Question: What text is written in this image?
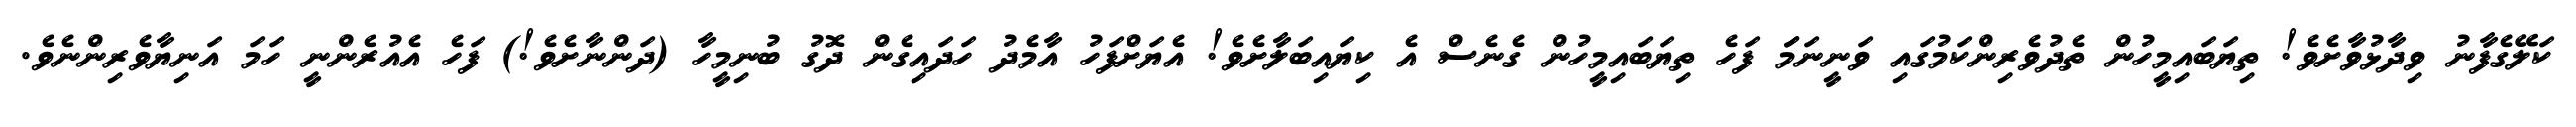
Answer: ކަލޭގެފާނު ވިދާޅުވާށެވެ! ތިޔަބައިމީހުން ތެދުވެރިންކަމުގައި ވަނީނަމަަ ފަހެ ތިޔަބައިމީހުން ގެނެސް އެ ކިޔައިބަލާށެވެ! އެޔަށްފަހު އާމެދު ހަދައިގެން ދޮގު ބުނިމީހާ (ދަންނާށެވެ!) ފަހެ އެއުރެންނީ ހަމަ އަނިޔާވެރިންނެވެ.